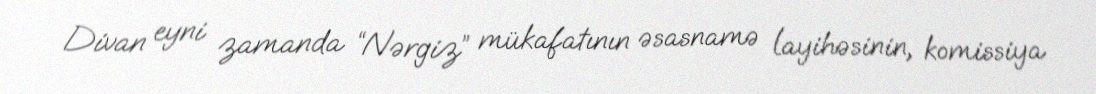
Divan eyni zamanda “Nərgiz” mükafatının əsasnamə layihəsinin, komissiya